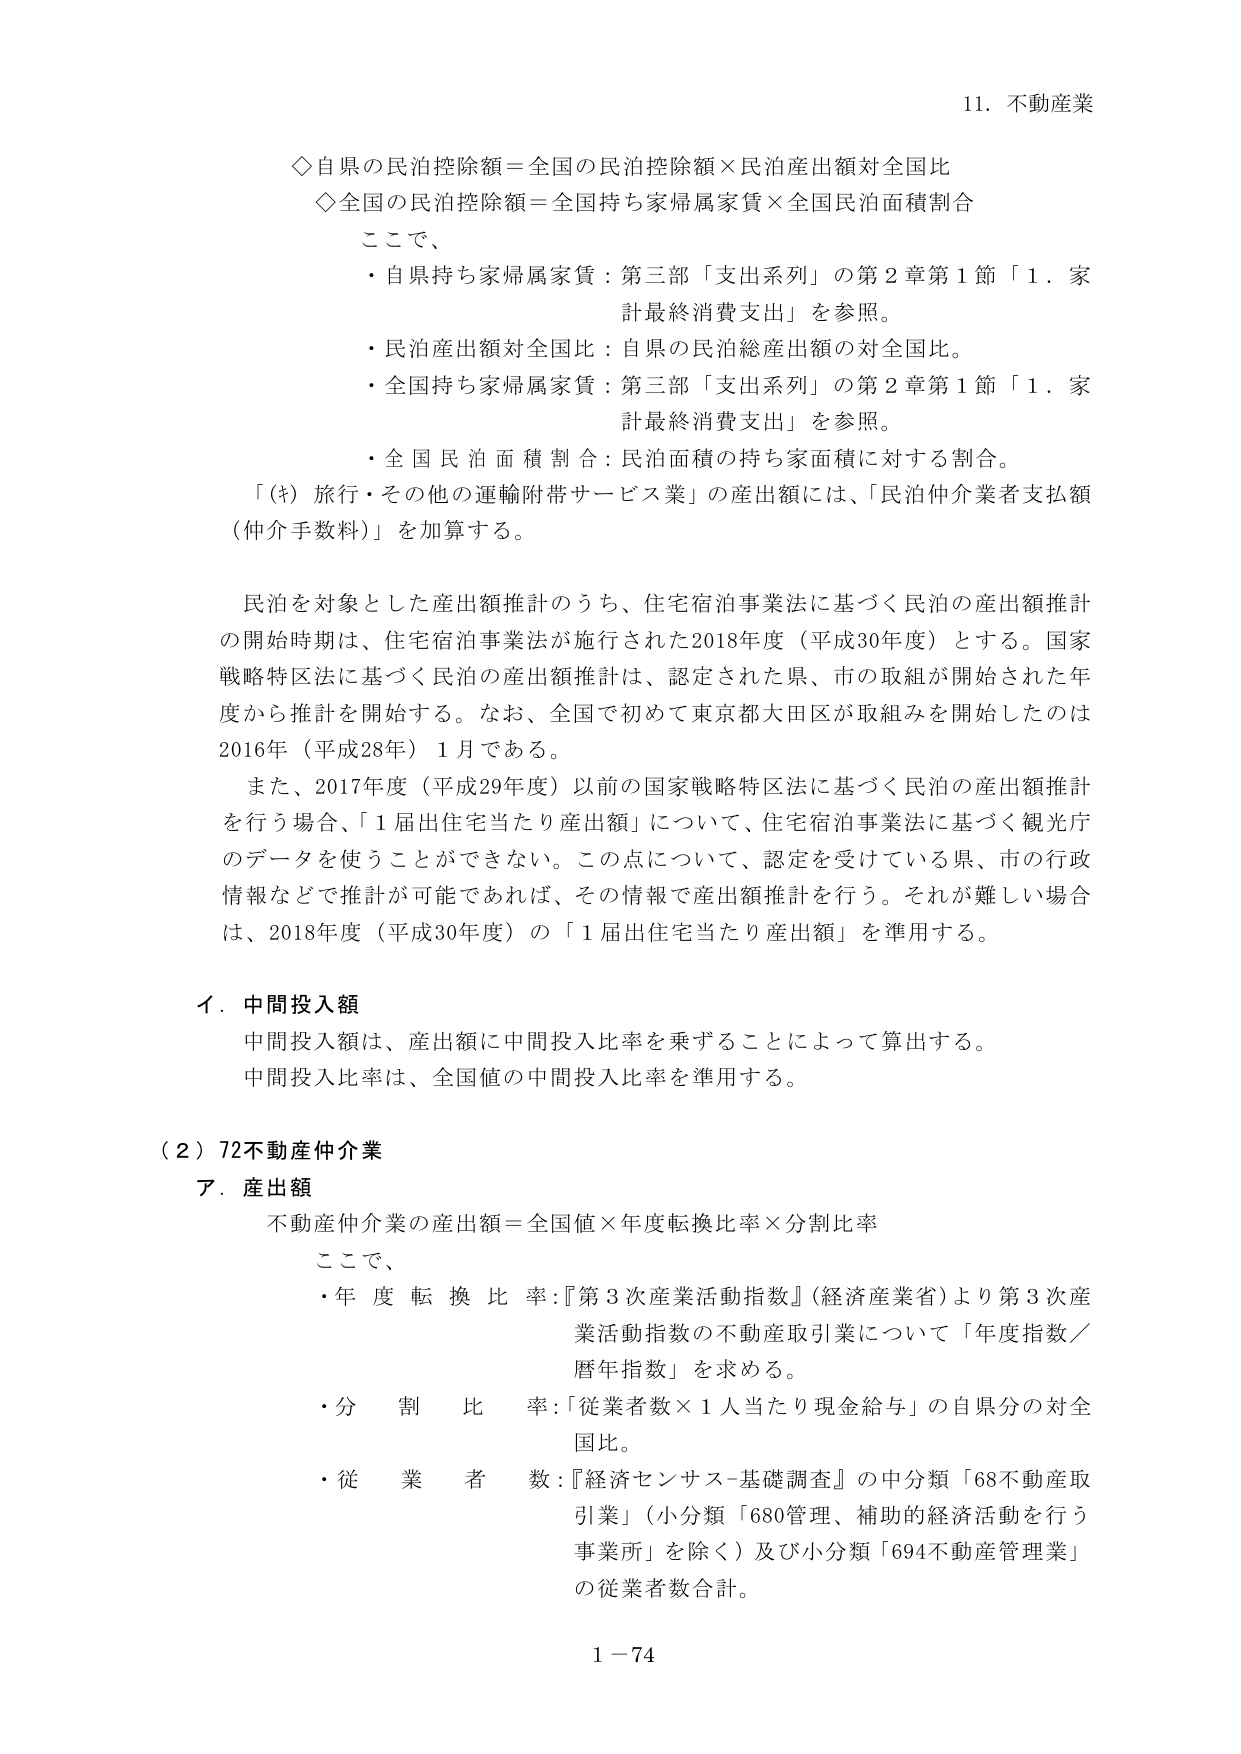
11. 不動産業

◇自県の民泊控除額＝全国の民泊控除額×民泊産出額対全国比
◇全国の民泊控除額＝全国持ち家帰属家賃×全国民泊面積割合

ここで、
・自県持ち家帰属家賃：第三部「支出系列」の第2章第1節「1．家計最終消費支出」を参照。
・民泊産出額対全国比：自県の民泊総産出額の対全国比。
・全国持ち家帰属家賃：第三部「支出系列」の第2章第1節「1．家計最終消費支出」を参照。
・全国民泊面積割合：民泊面積の持ち家面積に対する割合。

「(キ) 旅行・その他の運輸附帯サービス業」の産出額には、「民泊仲介業者支払額（仲介手数料）」を加算する。

民泊を対象とした産出額推計のうち、住宅宿泊事業法に基づく民泊の産出額推計の開始時期は、住宅宿泊事業法が施行された2018年度（平成30年度）とする。国家戦略特区法に基づく民泊の産出額推計は、認定された県、市の取組が開始された年度から推計を開始する。なお、全国で初めて東京都大田区が取組みを開始したのは2016年（平成28年）1月である。

また、2017年度（平成29年度）以前の国家戦略特区法に基づく民泊の産出額推計を行う場合、「1届出住宅当たり産出額」について、住宅宿泊事業法に基づく観光庁のデータを使うことができない。この点について、認定を受けている県、市の行政情報などで推計が可能であれば、その情報で産出額推計を行う。それが難しい場合は、2018年度（平成30年度）の「1届出住宅当たり産出額」を準用する。

イ．中間投入額
中間投入額は、産出額に中間投入比率を乗ずることによって算出する。
中間投入比率は、全国値の中間投入比率を準用する。

（2）72不動産仲介業
ア．産出額
不動産仲介業の産出額＝全国値×年度転換比率×分割比率

ここで、
・年度転換比率：『第3次産業活動指数』（経済産業省）より第3次産業活動指数の不動産取引業について「年度指数／暦年指数」を求める。
・分割比率：「従業者数×1人当たり現金給与」の自県分の対全国比。
・従業者数：『経済センサス-基礎調査』の中分類「68不動産取引業」（小分類「680管理、補助的経済活動を行う事業所」を除く）及び小分類「694不動産管理業」の従業者数合計。

1－74